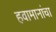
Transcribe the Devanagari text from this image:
हवामानांचा